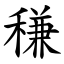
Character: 稴